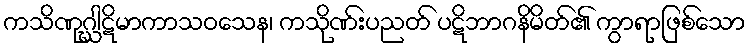
ကသိဏုဂ္ဃါဋိမာကာသဝသေန၊ ကသိုဏ်းပညတ် ပဋိဘာဂနိမိတ်၏ ကွာရာဖြစ်သော